Raikkula_vallavalitsus, lk 8
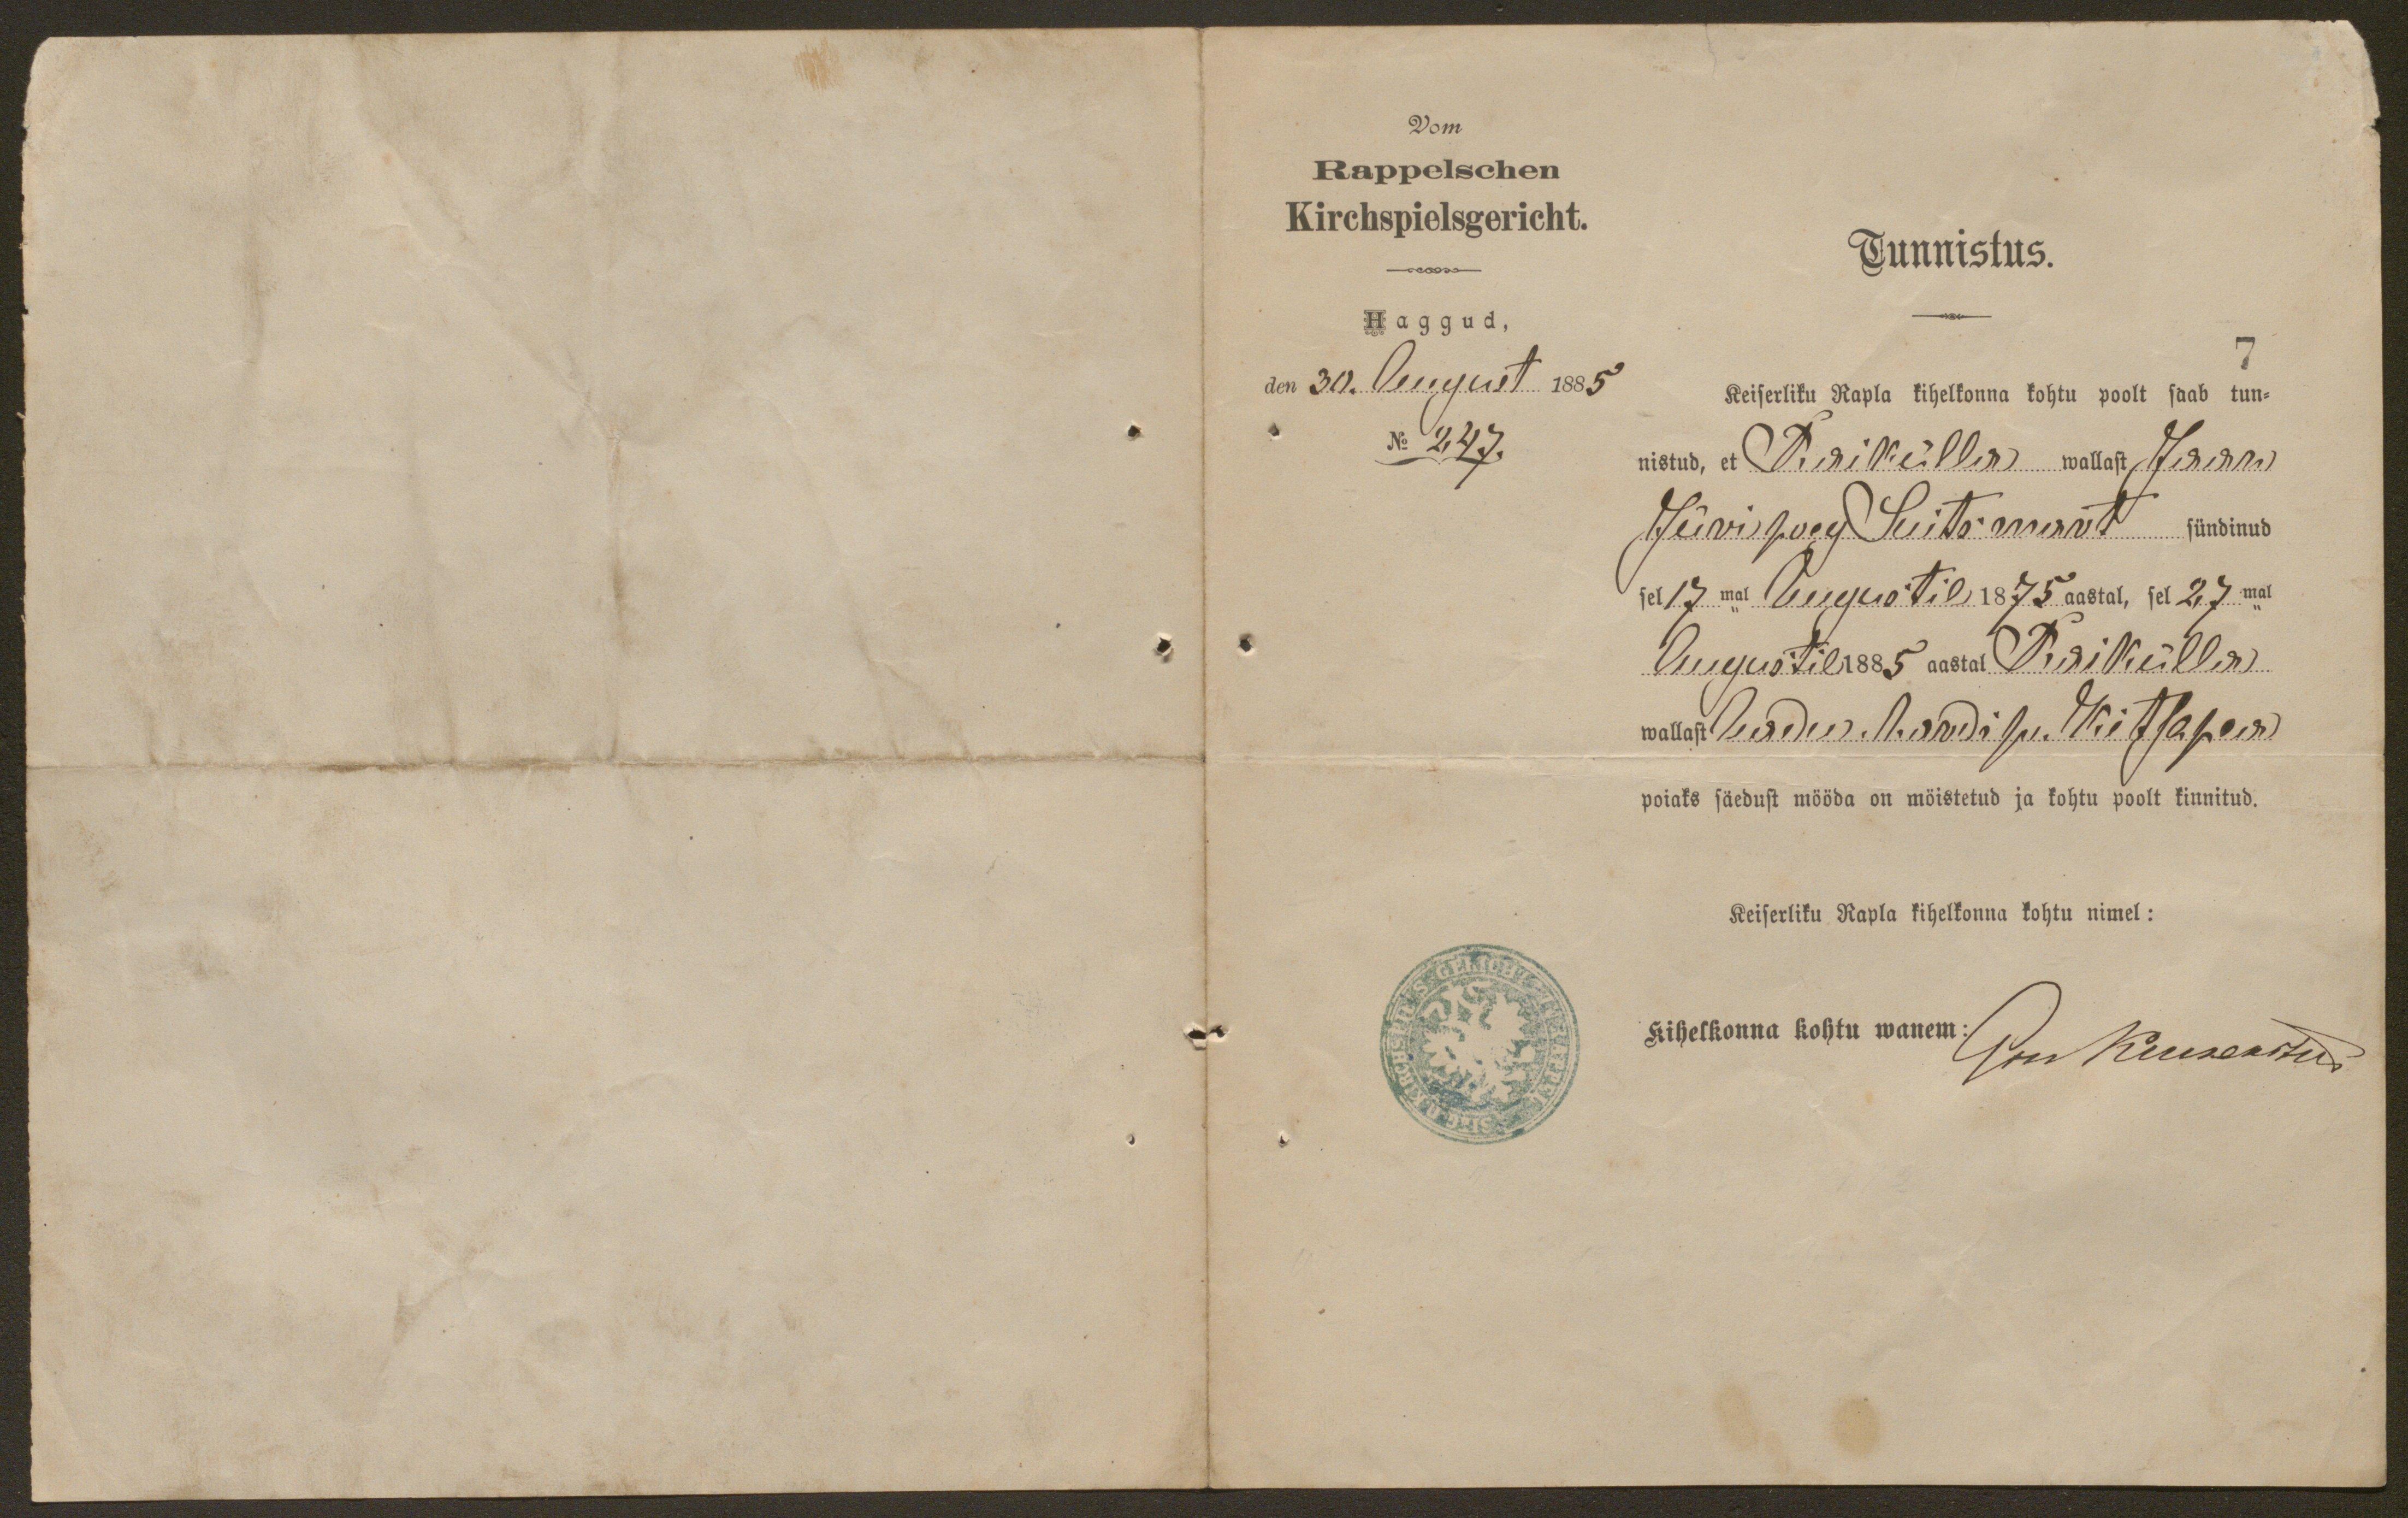
Vom
Rappelschen
Kirchspielsgericht.
Haggud,
den 30. August 1885.
No 247.
7
Tunnistus.
Keiserliku Kapla kihelkonna kohtu poolt saab tun-
nistud, et Purikülla wallast Jaani
Jüri poeg Suitsmalt sündinud
sel 17mal Augustil 1875 aastal, sel 27mal
Augustil 1885 aastal Purikülla
wallast seda M. Andi su. Kitsapea
poiaks säedust mööda on möistetud ja kohtu poolt kinnitud.
Keiserliku Rapla kihelkonna kohtu nimel:
Kihelkonna kohtu wanem
Gru Kuuseastud